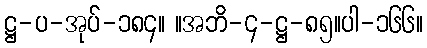
ဋ္ဌ-ပ-အုပ်-၁၈၄။ ။အဘိ-၄-ဋ္ဌ-၈၅။ပါ-၁၆၆။